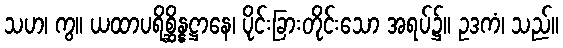
သဟ၊ ကွ။ ယထာပရိစ္ဆိန္နဋ္ဌာနေ၊ ပိုင်းခြားတိုင်းသော အရပ်၌။ ဥဒကံ၊ သည်။